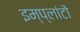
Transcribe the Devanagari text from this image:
इम्प्लांटों